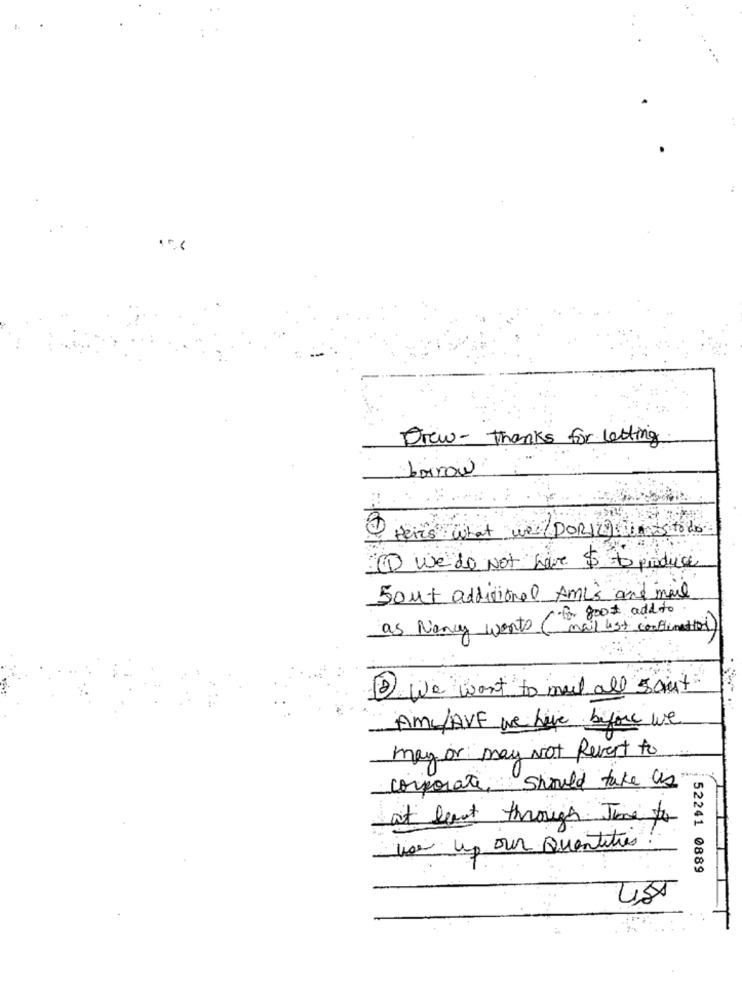
Drew- thanks for letting
borrow
: :
Here's what we DORIZY in As to do
we do Not have $ to produce
Sout additional Ami's and mail
as Nancy wants (for 800# add to
mail list complimentio
2 We want to mal all soit
AML/AVE we have before we
may or may Not Revert to
corporate, should take as"
at least through Time to
hoe up our Quantities
52241 0889